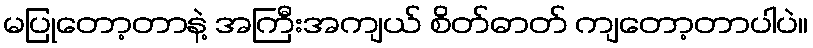
မပြုတော့တာနဲ့ အကြီးအကျယ် စိတ်ဓာတ် ကျတော့တာပါပဲ။